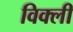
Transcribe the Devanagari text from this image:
विक्ली